Indian journal of veterinary science and animal husbandry - Volumes 15-17, 1948-1951
Year: 1948
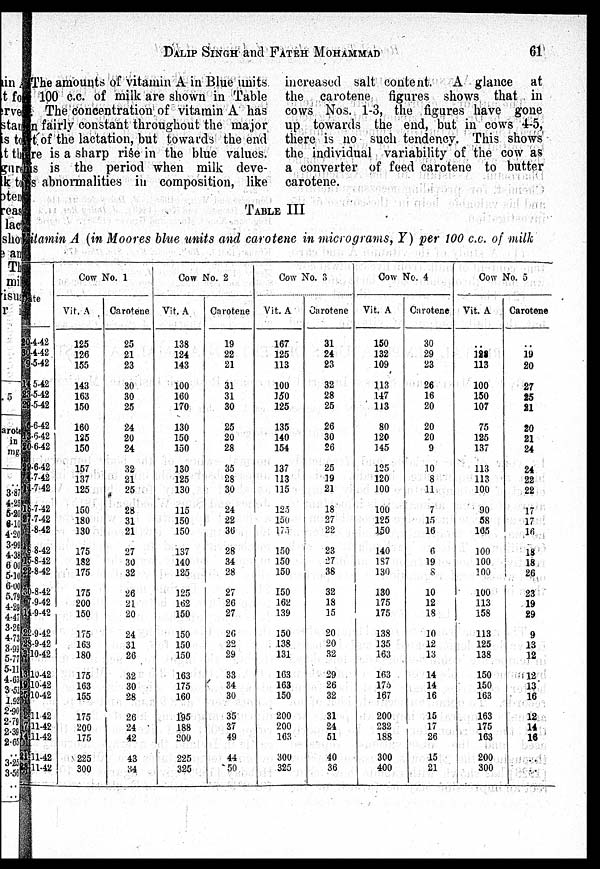
DALIP SINGH and
FATEH
MOHAMMAD
61
The amounts of vitamin A in Blue units
per100 c.c. of milk are shown in Table
III. The concentration of vitamin A has
been fairly constant throughout the major
rt of the lactation, but towards the end
there is a sharp rise in the blue values.
This is the period when milk deve-
ps abnormalities in composition, like
increased salt content. A glance at
the carotene figures shows that in
cows Nos. 1-3, the figures have gone
up towards the end, but in cows 4-5,
there is no such tendency. This shows
the individual variability of the cow as
a converter of feed carotene to butter
carotene.
TABLE III
Vitamin A (in Moores blue units and carotene in micrograms, Y) per WO c.c. of milk
Date
20-4-42
30-4-42
9-5-42
14-5-42
23-5-42
29-5-42
6-6-42
13-6-42
20-6-42
29-6-42
4-7-42
11-7-42
18-7-42
27-7-42
1-8-42
8-8-42
15-8-42
22-8-42
30-8-42
7-9-42
14-9-42
22-9-42
28-9-42
3-10-42
13-10-42
19-10-42
25-10-42
2-11-42
7-11-42
14-11-42
21-11-42
28-11-42
Cow No. 1
Vit. A
125
126
155
143
163
150
160
125
150
157
137
125
150
180
130
175
182
175
175
200
150
175
163
180
175
163
155
175
200
175
225
300
Carotene
25
21
23
30
30
25
24
20
24
32
21
25
28
31
21
27
30
32
26
21
20
24
31
26
32
30
28
26
24
42
43
34
Cow No. 2
Vit. A
138
124
143
100
160
170
130
150
150
130
125
130
115
150
150
137
140
125
125
162
150
150
150
150
163
175
160
195
188
200
225
325
Carotene
19
22
21
31
31
30
25
20
28
35
28
30
24
22
36
28
34
28
27
26
27
20
22
29
33
34
30
35
37
49
44
50
Cow No. 3
Vit. A
167
125
113
100
150
125
135
140
154
137
113
115
125
150
175
150
150
150
150
162
139
150
138
131
163
163
150
200
200
163
300
325
Carotene
31
24
23
32
28
25
26
30
26
25
19
21
18
27
22
23
27
38
32
18
15
20
20
32
29
26
32
31
24
51
40
36
Cow No. 4
Vit. A
150
132
109
113
147
113
80
120
145
125
120
100
100
125
150
140
187
130
130
175
175
138
135
163
163
176
167
200
232
188
300
400
Carotene
30
29
23
26
16
20
20
20
9
10
8
11
7
15
16
6
19
8
10
12
18
10
12
13
14
14
16
15
17
26
15
21
Cow No. 5
Vit. A
..
128
113
100
150
107
75
125
137
113
113
100
90
58
105
100
100
100
100
113
158
113
125
138
150
150
163
163
175
163
200
300
Carotene
..
19
20
27
25
21
20
21
24
24
22
22
17
17
16
18
18
26
23
19
29
9
13
12
12
13
16
12
14
16